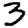
Digit: 3